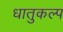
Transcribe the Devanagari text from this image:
धातुकल्प